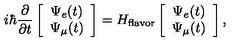
i \hbar \frac { \partial } { \partial t } \left[ \begin{array} { c c } { \Psi _ { e } ( t ) } \\ { \Psi _ { \mu } ( t ) } \\ \end{array} \right] = H _ { \mathrm { f l a v o r } } \left[ \begin{array} { c c } { \Psi _ { e } ( t ) } \\ { \Psi _ { \mu } ( t ) } \\ \end{array} \right] ,